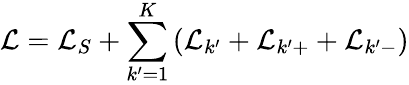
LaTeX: \mathcal{L}=\mathcal{L}_{S}+\sum_{k^{\prime}=1}^{K}\left(\mathcal{L}_{k^{\prime}}+\mathcal{L}_{k^{\prime}+}+\mathcal{L}_{k^{\prime}-}\right)